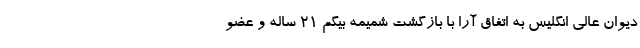
دیوان عالی انگلیس به اتفاق آرا با بازگشت شمیمه بیگم ۲۱ ساله و عضو